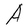
Character: A